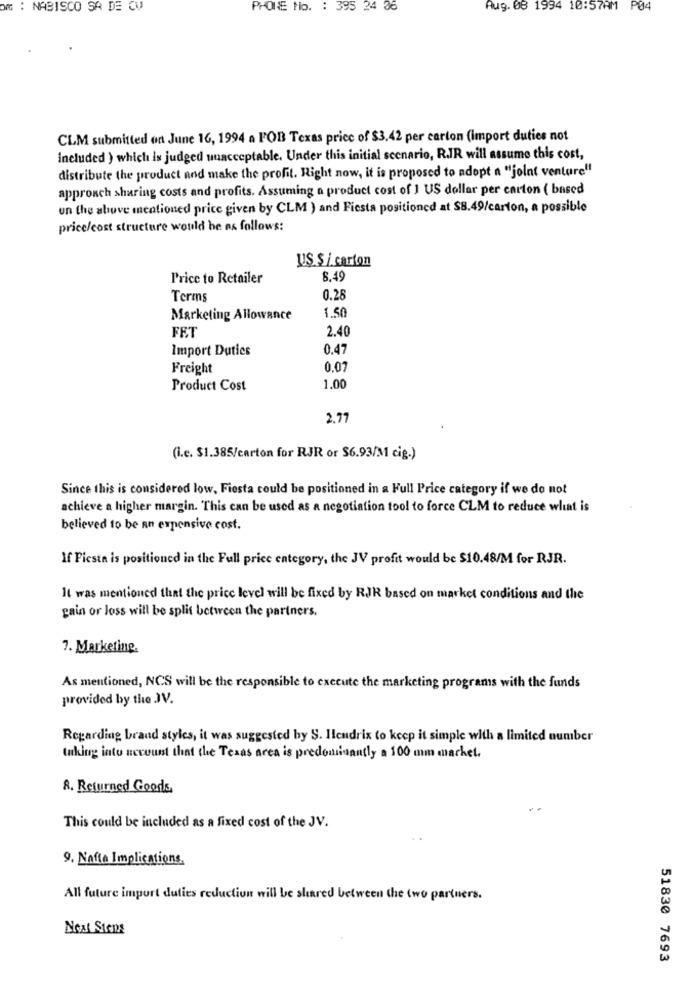
Om : NABISCO SA DE CV
PHONE No. : 395 24 36
Aug. 08 1994 10:57AM P04
CLM submitted on June 16, 1994 a FOB Texas price of $3,42 per carton (import duties not
included ) which is judged unacceptable. Under this initial scenario, R.JR will assume this cost,
distribute the product and make the profit. Right now, it is proposed to adopt a "joint venture"
approach sharing costs and profits. Assuming a product cost of 1 US dollar per carton ( based
un the above mentioned price given by CLM ) and Fiesta positioned at $8.49/carton, a possible
price/cost structure would be as follows:
US.S / carton
Price to Retailer
8.49
Terms
0.28
1.50
Marketing Allowance
FET
2.40
Import Duties
0.47
Freight
0.07
Product Cost
1.00
2.77
(i.c. $1.385/carton for RJR or $6.93/M1 cig.)
Since this is considered low, Fiesta could be positioned in a Full Price category if we do not
achieve a higher margin. This can be used as a negotiation tool to force CLM to reduce what is
believed to be an expensive cost.
If Fiesta is positioned in the Full price category, the JV profit would be $10.48/M for RJR.
It was mentioned that the price level will be fixed by RJR based on market conditions and the
gain or loss will be split between the partners.
7. Marketing.
As mentioned, NCS will be the responsible to execute the marketing programs with the funds
provided by the JV.
Regarding brand styles, it was suggested by S. Hendrix to keep it simple with a limited number
taking into account that the Texas area is predouniaantly a 100 mm market.
8. Returned Goods
This could be included as a fixed cost of the JV.
9. Nafta Implications.
All future import duties reduction will be shared between the two partners.
Next Steps
51830 7693